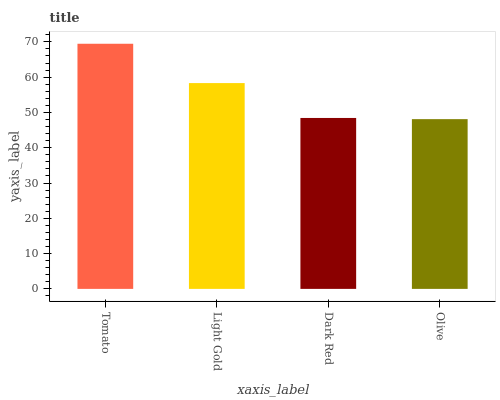
| xaxis_label | bars |
 | --- | --- |
 | Tomato | 69.5 |
 | Light Gold | 58.3 |
 | Dark Red | 48.4 |
 | Olive | 48.1 |